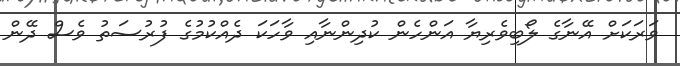
ވަރަކަށް އޭނާގެ ލޯބިވެރިޔާ އަންހެން ކުދިންނާއި ވާހަކަ ދެއްކުމުގެ ފުރުސަތު ވެސް ދޭން